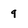
Character: 9